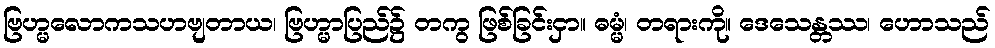
ဗြဟ္မလောကသဟဗျတာယ၊ ဗြဟ္မာပြည်၌ တကွ ဖြစ်ခြင်းငှာ။ ဓမ္မံ၊ တရားကို။ ဒေသေန္တဿ၊ ဟောသည်